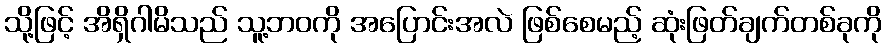
သို့ဖြင့် အိရှိဂါမိသည် သူ့ဘဝကို အပြောင်းအလဲ ဖြစ်စေမည့် ဆုံးဖြတ်ချက်တစ်ခုကို